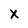
Character: X